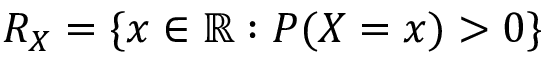
R _ { X } = \{ x \in \mathbb { R } : P ( X = x ) > 0 \}